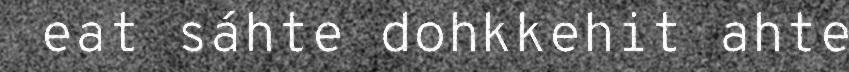
eat sáhte dohkkehit ahte